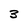
Character: 3